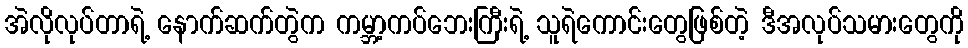
အဲလိုလုပ်တာရဲ့ နောက်ဆက်တွဲက ကမ္ဘာ့ကပ်ဘေးကြီးရဲ့ သူရဲကောင်းတွေဖြစ်တဲ့ ဒီအလုပ်သမားတွေကို